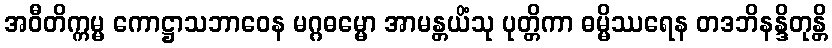
အဝီတိက္ကမ္မ ကောဋ္ဌာသဘာဝေန မဂ္ဂဓမ္မော အာမန္တယိံသု ပုတ္တိကာ ဓမ္မိဿရေန တဒဘိနန္ဒိတုန္တိ